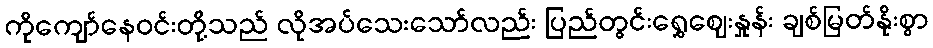
ကိုကျော်နေဝင်းတို့သည် လိုအပ်သေးသော်လည်း ပြည်တွင်းရွှေဈေးနှုန်း ချစ်မြတ်နိုးစွာ